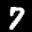
Label: 7